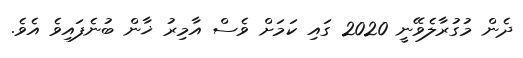
ދެން މުގުރާލެވޭނީ 2020 ގައި ކަމަށް ވެސް އާމިރު ޚާން ބުނެފައިވެ އެވެ.